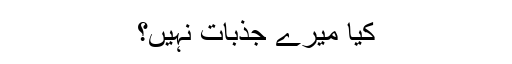
کیا میرے جذبات نہیں؟